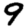
Digit: 9